Civil Veterinary Dept. Bombay admin report 1932-41 - 1932-1941
Year: 1932
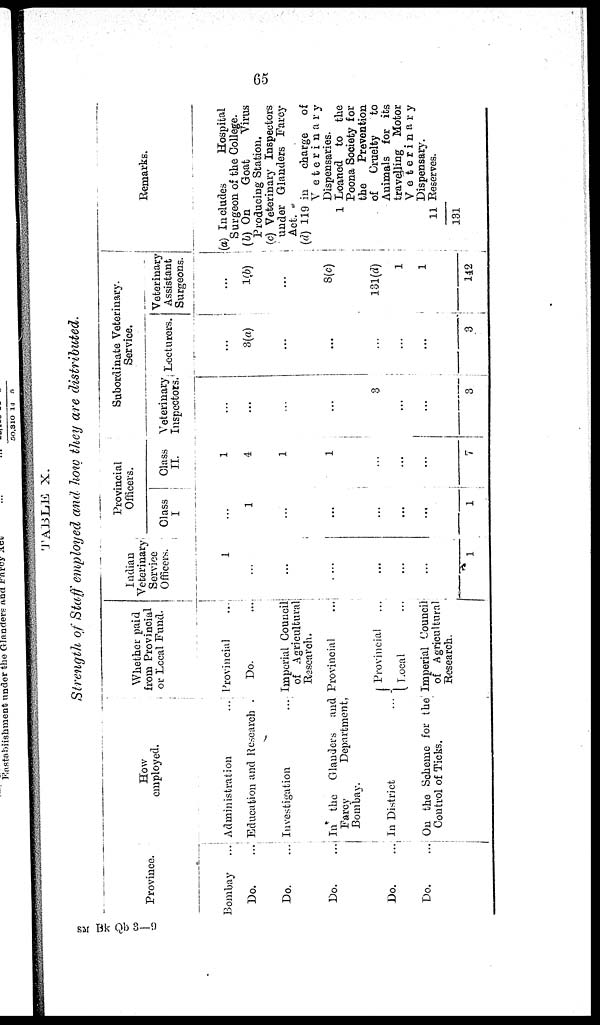
65
Strength of Staff employed and how they are distributed.
Pr ovi nc e .
Bombay
Do. ...
Do. ...
Do. ...
Do. ...
Do. ...
How
employed.
Administration
...
Education and Research .
Investigation
...
In the Glanders and
Farcy
Department,
Bombay.
In District ...
On the Scheme for the
Control of Ticks.
Whether paid
from Provincial
or Local Fund.
Provincial ...
Do. ...
Imperial Council
of Agricultural
Research.
Provincial
Provincial ...
Local ...
Imperial Council
of Agricultural
Research.
Indian
Veterinary
Service
Officers.
1
...
...
...
...
...
...
1
Provincial
Officers.
Class
I
...
1
...
...
...
...
...
1
Class
II.
1
4
1
1
...
...
...
7
Subordinate Veterinary.
Service.
Veterinary
Inspectors.
...
...
...
...
3
...
...
3
Lecturers.
...
3(a)
...
...
...
...
...
3
Veterinary
Assistant
Surgeons.
...
1(b)
...
8(c)
181(d)
1
1
142
Remarks.
(a) Includes
Hospital
Surgeon of the College.
(b) On
Goat
Virus
Producing Station.
(c) Veterinary Inspectors
under Glanders Farcy
Act.
(d) 119 in
charge of
Veterinary
Dispensaries.
1 Loaned to the
Poona Society for
the
Prevention
of Cruelty
to
Animals for its
travelling Motor
Veterinary
Dispensary.
11/131 Reserves.
SM Bk Qb 3—9